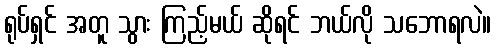
ရုပ်ရှင် အတူ သွား ကြည့်မယ် ဆိုရင် ဘယ်လို သဘောရလဲ။